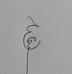
Signature authenticity: genuine